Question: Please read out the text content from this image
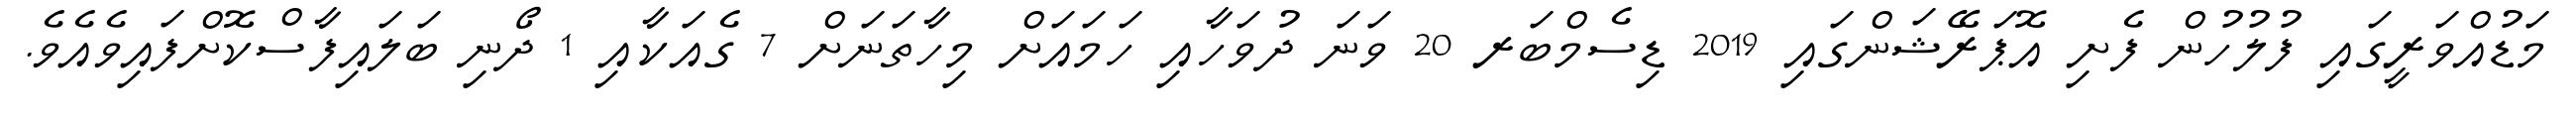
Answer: މަޑުއްވަރީގައި ފުލުހުން ފެށި އޮޕަރޭޝަންގައި 2019 ޑިސެމްބަރ 20 ވަނަ ދުވަހާއި ހަމައަށް މިހާތަނަށް 7 ގެއަކާއި 1 ދޯނި ބަލައިފާސްކޮށްފައިވެއެވެ.